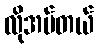
လိုအပ်တယ်